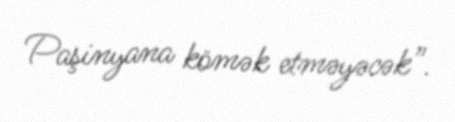
Paşinyana kömək etməyəcək”.